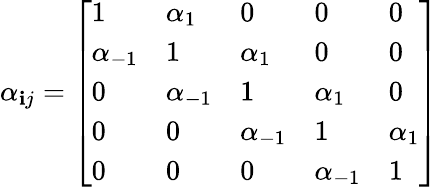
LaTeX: \alpha_{\mathbf{i}j}={\left[\begin{array}{lllll}{1}&{\alpha_{1}}&{0}&{0}&{0}\\ {\alpha_{-1}}&{1}&{\alpha_{1}}&{0}&{0}\\ {0}&{\alpha_{-1}}&{1}&{\alpha_{1}}&{0}\\ {0}&{0}&{\alpha_{-1}}&{1}&{\alpha_{1}}\\ {0}&{0}&{0}&{\alpha_{-1}}&{1}\end{array}\right]}